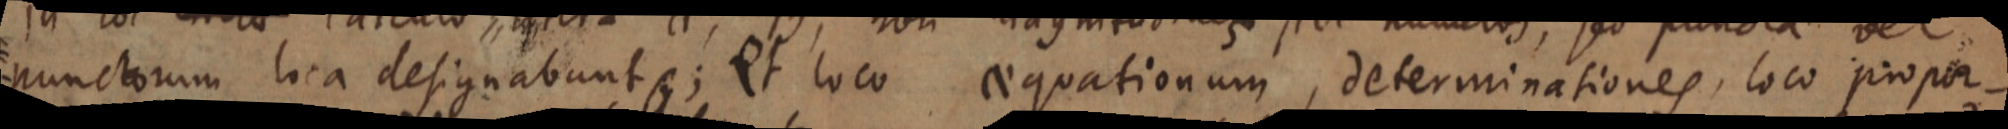
punctorum loca designabunt _; et loco aequationum, determinationes, loco propor-